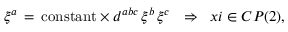
\xi ^ { a } \, = \, \mathrm { c o n s t a n t } \times d ^ { a b c } \, \xi ^ { b } \, \xi ^ { c } \ \ \Rightarrow \ \, x i \in C P ( 2 ) ,